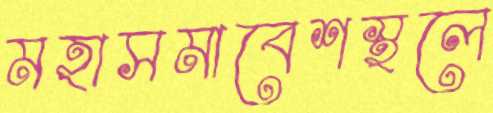
মহাসমাবেশস্থলে